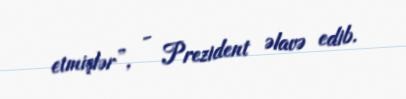
etmişlər”, - Prezident əlavə edib.